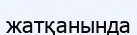
жатқанында